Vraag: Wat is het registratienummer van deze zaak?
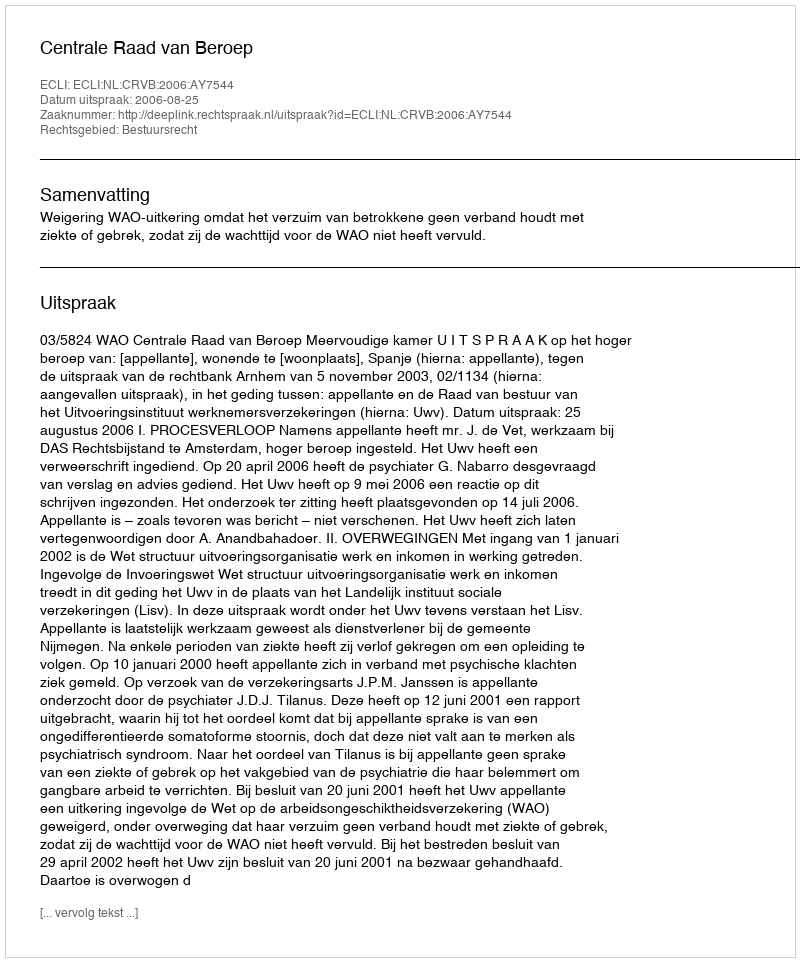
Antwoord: http://deeplink.rechtspraak.nl/uitspraak?id=ECLI:NL:CRVB:2006:AY7544